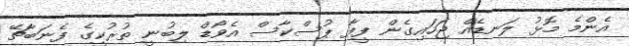
އެންމެ މޮޅު ލަނޑެއް ޖަހައިގެން ފީފާ ޕުސްކާސް އެވޯޑް ލިބުނީ ތުރުކީގެ ފެނަބާޗޭ